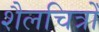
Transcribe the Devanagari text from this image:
शैलचित्रोँ